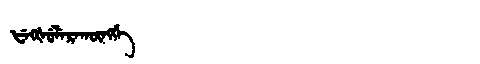
Manchu: ᡶᡝᡴᡧᡠᠯᡝᡵᠠᡴᡡᠩᡤᡝ
Romanization: FEKŠULERAKŪNGGE